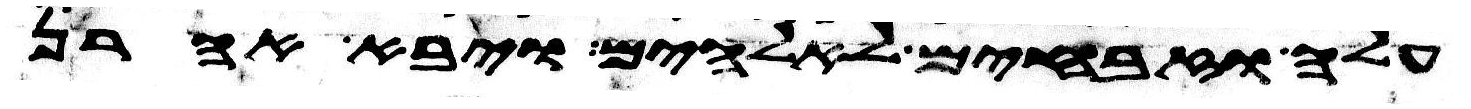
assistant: עלה וזבחים לאלהים ויבא אהרן